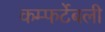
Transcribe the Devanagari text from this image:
कम्फर्टेबली